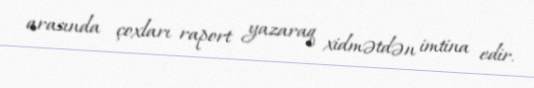
arasında çoxları raport yazaraq xidmətdən imtina edir.